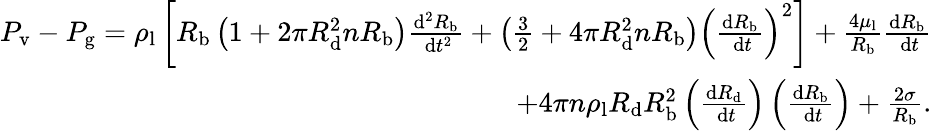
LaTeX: \begin{array}{r}{P_{\mathrm{v}}-P_{\mathrm{g}}=\rho_{\mathrm{l}}\left[R_{\mathrm{b}}\left(1+2\pi R_{\mathrm{d}}^{2}nR_{\mathrm{b}}\right)\frac{\mathrm{d}^{2}R_{\mathrm{b}}}{\mathrm{~d}t^{2}}+\left(\frac{3}{2}+4\pi R_{\mathrm{d}}^{2}nR_{\mathrm{b}}\right)\left(\frac{\mathrm{d}R_{\mathrm{b}}}{\mathrm{~d}t}\right)^{2}\right]+\frac{4\mu_{\mathrm{l}}}{R_{\mathrm{b}}}\frac{\mathrm{d}R_{\mathrm{b}}}{\mathrm{~d}t}}\\ {+4\pi n\rho_{\mathrm{l}}R_{\mathrm{d}}R_{\mathrm{b}}^{2}\left(\frac{\mathrm{d}R_{\mathrm{d}}}{\mathrm{~d}t}\right)\left(\frac{\mathrm{d}R_{\mathrm{b}}}{\mathrm{~d}t}\right)+\frac{2\sigma}{R_{\mathrm{b}}}.}\end{array}